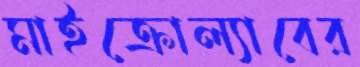
মাইক্রোল্যাবের